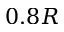
0 . 8 R